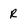
Character: R